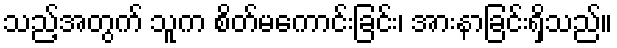
သည့်အတွက် သူက စိတ်မကောင်းခြင်း၊ အားနာခြင်းရှိသည်။